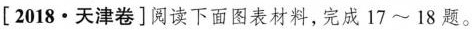
[2018•天津卷]阅读下面图表材料，完成17~18题。